Lunatic asylums Punjab 1895-1910 - 1895-1910
Year: 1895
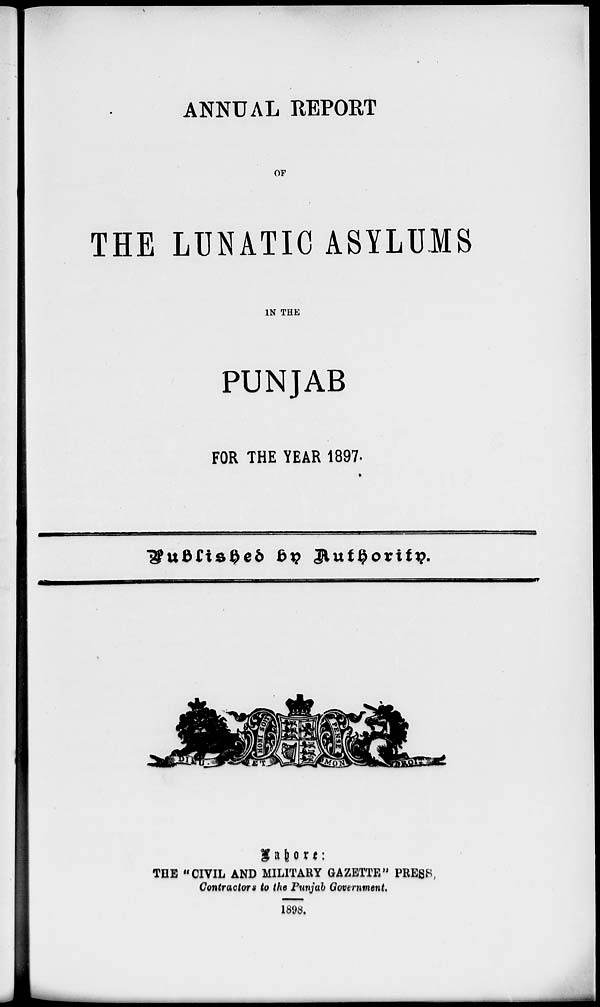
ANNUAL REPORT
OF
THE LUNATIC ASYLUMS
IN THE
PUNJAB
FOR THE YEAR 1897.
Published
by
Authority.
Lahore :
THE "CIVIL AND MILITARY GAZETTE" PRESS,
Contractors to the Punjab Government.
1898.